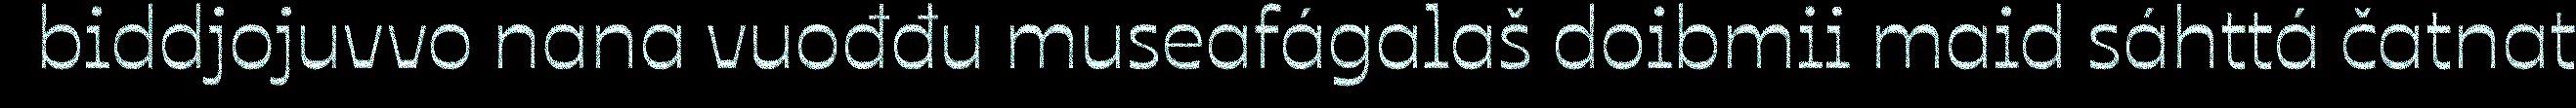
biddjojuvvo nana vuođđu museafágalaš doibmii maid sáhttá čatnat